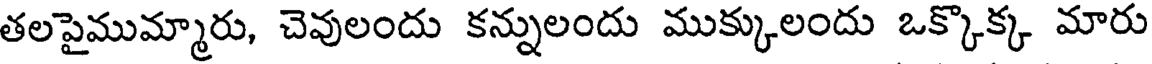
తలపైముమ్మారు, చెవులందు కన్నులందు ముక్కులందు ఒక్కొక్క మారు